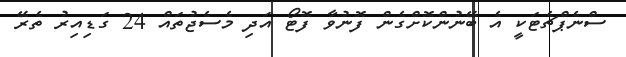
ސްނެޕްޗެޓަކީ އެ ބޭނުންކޮށްގެން ފޮނުވާ ފޮޓޯ އަދި މެސެޖުތައް 24 ގަޑިއިރު ތެރޭ